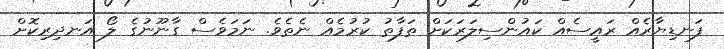
ފަނޑިޔާރެއް ރައީސެއް ކައުންސިލަރަކަށް ތަފާތު ކުރުމެއް ނެތެވެ. ނަމަވެސް ގާނޫނުގެ ލޯ އަނދިރިކޮށް